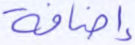
إضافة